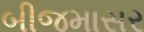
બીજમાસર